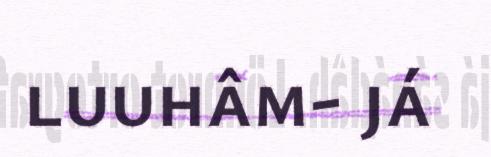
luuhâm- já